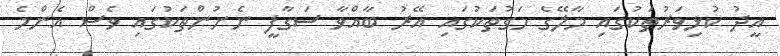
އީދު ކުޅިވަރުތަކުގައި މާލޭގެ މަގުތަކުގައި އޭރު ބާއްވާ ސަގާފީ ނެށުންތަކުގައި ވެސް އެންމެ